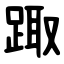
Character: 踙